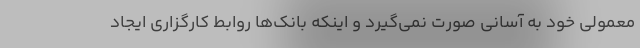
معمولی خود به آسانی صورت نمی‌گیرد و اینکه بانک‌ها روابط کارگزاری ایجاد